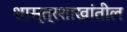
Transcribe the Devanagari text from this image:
शास्त्रशाखांतील